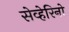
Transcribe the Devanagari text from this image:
सेव्हेरिनो